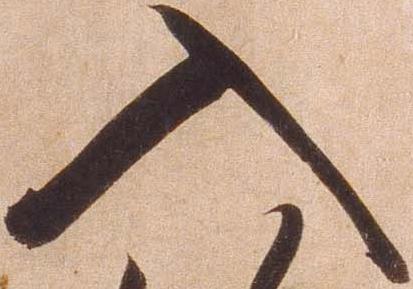
入